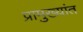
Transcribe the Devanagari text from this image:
प्रामुख्यांत